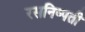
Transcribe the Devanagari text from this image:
रसनिष्पती